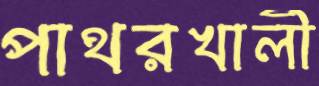
পাথরখালী